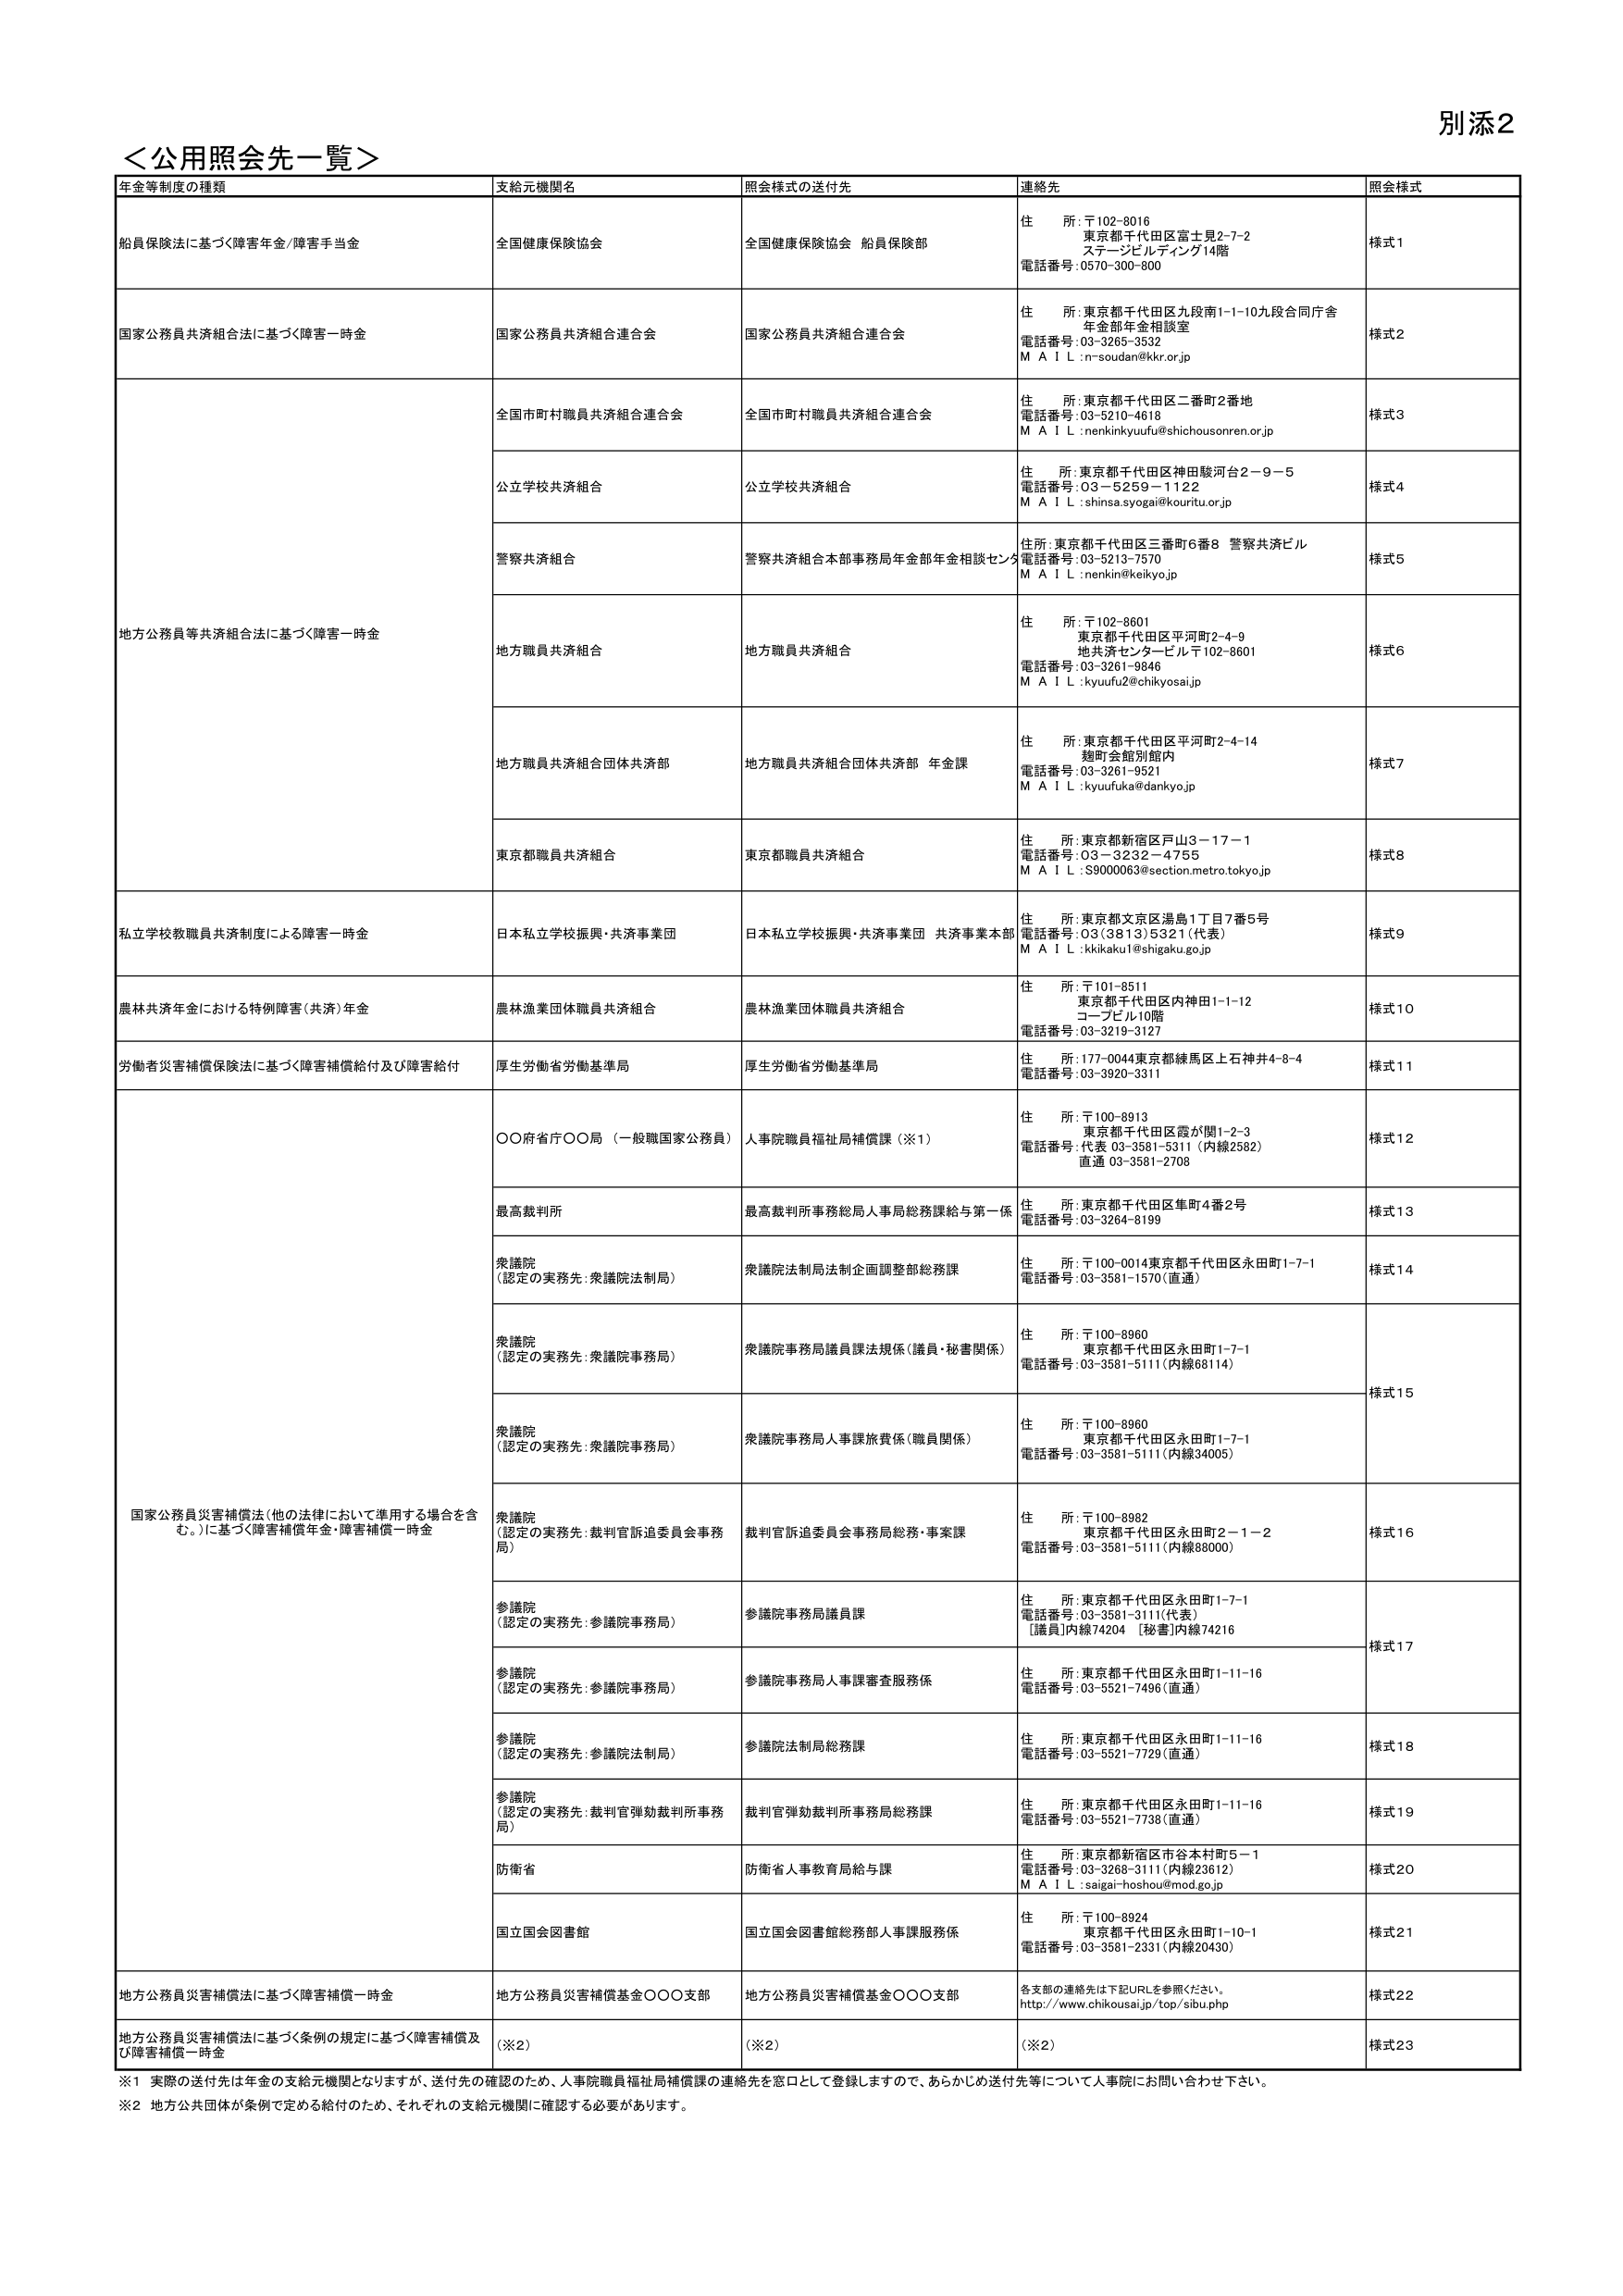
別添2
＜公用照会先一覧＞
年金等制度の種類　支給元機関名　照会様式の送付先　連絡先　照会様式
船員保険法に基づく障害年金/障害手当金　全国健康保険協会　全国健康保険協会 船員保険部　住所: 〒102-8016 東京都千代田区富士見2-7-2 ステージビルディング14階 電話番号: 0570-300-800　様式1
国家公務員共済組合法に基づく障害一時金　国家公務員共済組合連合会　国家公務員共済組合連合会　住所: 東京都千代田区九段南1-1-10九段合同庁舎 年金部年金相談室 電話番号: 03-3265-3532 M A I L: n-soudan@kkr.or.jp　様式2
地方公務員等共済組合法に基づく障害一時金　全国市町村職員共済組合連合会　全国市町村職員共済組合連合会　住所: 東京都千代田区二番町2番地 電話番号: 03-5210-4618 M A I L: nenkinkyuufu@shichiousonren.or.jp　様式3
　　公立学校共済組合　公立学校共済組合　住所: 東京都千代田区神田駿河台2-9-5 電話番号: 03-5259-1122 M A I L: shinsa.syoga@kouritu.or.jp　様式4
　　警察共済組合　警察共済組合本部事務局年金部年金相談センター　住所: 東京都千代田区三番町6番8 警察共済ビル 電話番号: 03-5213-7570 M A I L: nenkin@keikyo.jp　様式5
　　地方職員共済組合　地方職員共済組合　住所: 〒102-8601 東京都千代田区平河町2-4-9 地共済センタービル 〒102-8601 電話番号: 03-3261-9846 M A I L: kyuufu2@chikyosai.jp　様式6
　　地方職員共済組合団体共済部　地方職員共済組合団体共済部 年金課　住所: 東京都千代田区平河町2-4-14 麹町会館別館内 電話番号: 03-3261-9521 M A I L: kyuufuka@dankyo.jp　様式7
　　東京都職員共済組合　東京都職員共済組合　住所: 東京都新宿区戸山3-17-1 電話番号: 03-3232-4755 M A I L: S9000063@section.metro.tokyo.jp　様式8
私立学校教職員共済制度による障害一時金　日本私立学校振興・共済事業団　日本私立学校振興・共済事業団 共済事業本部　住所: 東京都文京区湯島1丁目7番5号 電話番号: 03(3813)5321(代表) M A I L: kkikaku1@shigaku.go.jp　様式9
農林共済年金における特例障害(共済)年金　農林漁業団体職員共済組合　農林漁業団体職員共済組合　住所: 〒101-8511 東京都千代田区内神田1-1-12 コープビル10階 電話番号: 03-3219-3127　様式10
労働者災害補償保険法に基づく障害補償給付及び障害給付　厚生労働省労働基準局　厚生労働省労働基準局　住所: 177-0044東京都練馬区上石神井4-8-4 電話番号: 03-3920-3311　様式11
国家公務員災害補償法(他の法律において準用する場合を含む。)に基づく障害補償年金・障害補償一時金　○○府省庁○○局（一般職国家公務員）　人事院職員福祉局補償課（※1）　住所: 〒100-8913 東京都千代田区霞が関1-2-3 電話番号: 代表 03-3581-5311(内線2582) 直通 03-3581-2708　様式12
　　最高裁判所　最高裁判所事務総局人事局総務課給与第一係　住所: 東京都千代田区隼町4番2号 電話番号: 03-3264-8199　様式13
　　衆議院 (認定の実務先:衆議院法制局)　衆議院法制局法制企画調整部総務課　住所: 〒100-0014東京都千代田区永田町1-7-1 電話番号: 03-3581-1570(直通)　様式14
　　衆議院 (認定の実務先:衆議院事務局)　衆議院事務局議員課法規係(議員・秘書関係)　住所: 〒100-8960 東京都千代田区永田町1-7-1 電話番号: 03-3581-5111(内線68114)　様式15
　　衆議院 (認定の実務先:衆議院事務局)　衆議院事務局人事課旅費係(職員関係)　住所: 〒100-8960 東京都千代田区永田町1-7-1 電話番号: 03-3581-5111(内線34005)
　　衆議院 (認定の実務先:裁判官訴追委員会事務局)　裁判官訴追委員会事務局総務・事案課　住所: 〒100-8982 東京都千代田区永田町2-1-2 電話番号: 03-3581-5111(内線88000)　様式16
　　参議院 (認定の実務先:参議院事務局)　参議院事務局議員課　住所: 東京都千代田区永田町1-7-1 電話番号: 03-3581-3111(代表) [議員]内線74204 [秘書]内線74216　様式17
　　参議院 (認定の実務先:参議院事務局)　参議院事務局人事課審査服務係　住所: 東京都千代田区永田町1-11-16 電話番号: 03-5521-7496(直通)
　　参議院 (認定の実務先:参議院法制局)　参議院法制局総務課　住所: 東京都千代田区永田町1-11-16 電話番号: 03-5521-7729(直通)　様式18
　　参議院 (認定の実務先:裁判官弾劾裁判所事務局)　裁判官弾劾裁判所事務局総務課　住所: 東京都千代田区永田町1-11-16 電話番号: 03-5521-7738(直通)　様式19
　　防衛省　防衛省人事教育局給与課　住所: 東京都新宿区市谷本村町5-1 電話番号: 03-3268-3111(内線23612) M A I L: saigai-hoshou@mod.go.jp　様式20
　　国立国会図書館　国立国会図書館総務部人事課服務係　住所: 〒100-8924 東京都千代田区永田町1-10-1 電話番号: 03-3581-2331(内線20430)　様式21
地方公務員災害補償法に基づく障害補償一時金　地方公務員災害補償基金○○○支部　地方公務員災害補償基金○○○支部　各支部の連絡先は下記URLを参照ください。 http://www.chikousai.jp/top/sibu.php　様式22
地方公務員災害補償法に基づく条例の規定に基づく障害補償及び障害補償一時金　(※2)　(※2)　(※2)　様式23
※1 実際の送付先は年金の支給元機関となりますが、送付先の確認のため、人事院職員福祉局補償課の連絡先を窓口として登録しますので、あらかじめ送付先等について人事院にお問い合わせ下さい。
※2 地方公共団体が条例で定める給付のため、それぞれの支給元機関に確認する必要があります。